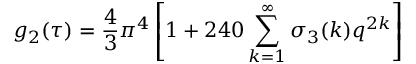
g _ { 2 } ( \tau ) = { \frac { 4 } { 3 } } \pi ^ { 4 } \left[ 1 + 2 4 0 \sum _ { k = 1 } ^ { \infty } \sigma _ { 3 } ( k ) q ^ { 2 k } \right]